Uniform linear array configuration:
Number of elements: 24
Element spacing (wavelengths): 0.5
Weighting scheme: kaiser
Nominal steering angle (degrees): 30
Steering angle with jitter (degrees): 28.089
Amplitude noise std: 0.05
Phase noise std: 0.05

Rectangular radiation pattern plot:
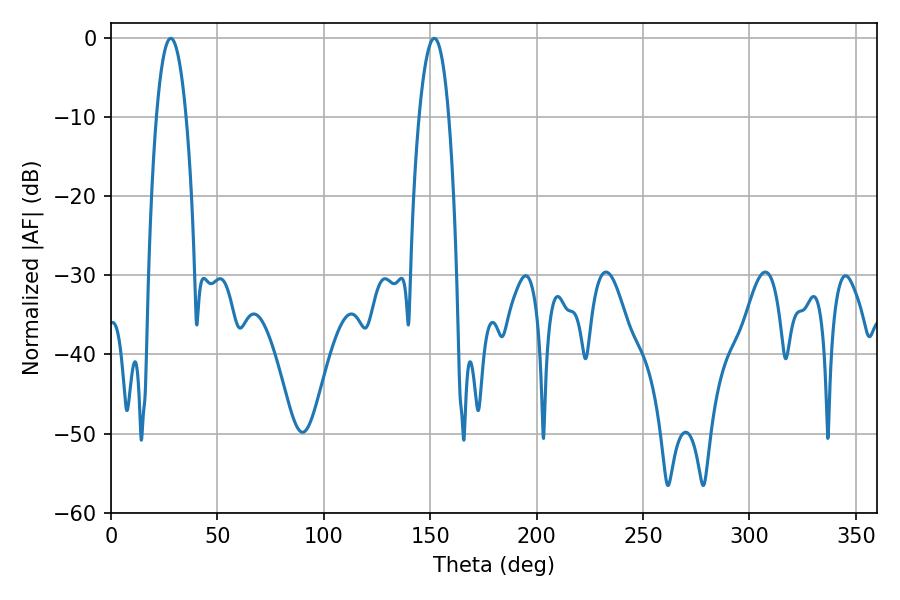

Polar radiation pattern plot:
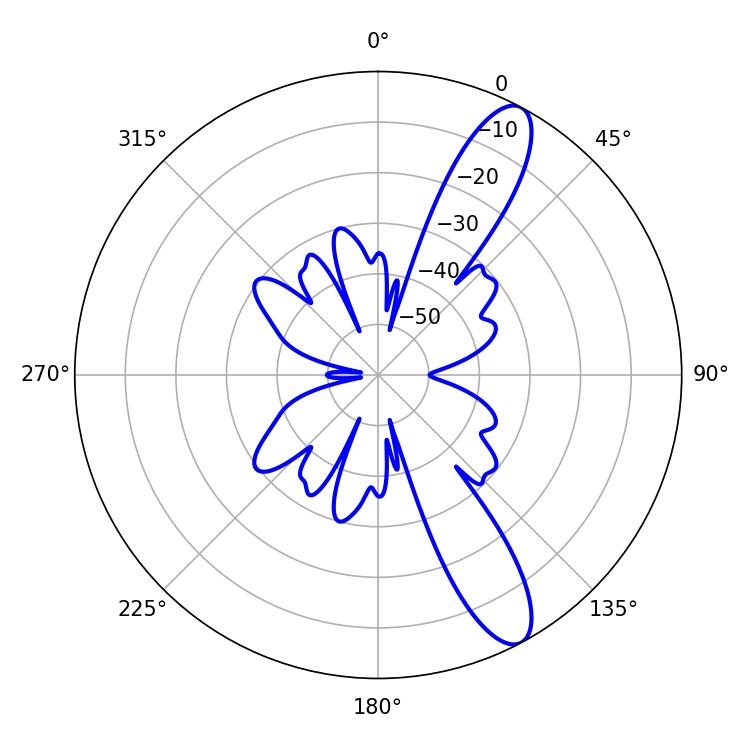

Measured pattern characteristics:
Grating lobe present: FALSE
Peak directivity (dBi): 11.659
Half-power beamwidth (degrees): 7.74
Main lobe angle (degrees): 28.08